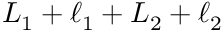
L _ { 1 } + \ell _ { 1 } + L _ { 2 } + \ell _ { 2 }